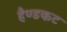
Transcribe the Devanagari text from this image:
हैण्डकट